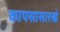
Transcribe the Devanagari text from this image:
कापसासारखे